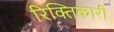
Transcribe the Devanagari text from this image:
रिक्तिकारी